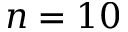
n = 1 0